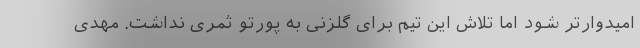
امیدوارتر شود اما تلاش این تیم برای گلزنی به پورتو ثمری نداشت. مهدی